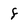
Character: f